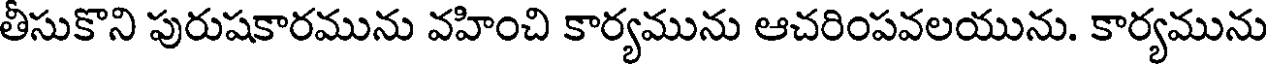
తీసుకొని పురుషకారమును వహించి కార్యమును ఆచరింపవలయును. కార్యమును